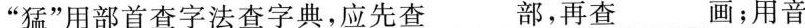
”猛”用部首查字法查字典，应先查___部，再查___画；用音